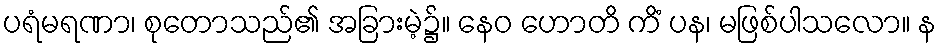
ပရံမရဏာ၊ စုတောသည်၏ အခြားမဲ့၌။ နေဝ ဟောတိ ကိံ ပန၊ မဖြစ်ပါသလော။ န